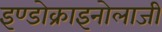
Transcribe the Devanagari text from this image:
इण्डोक्राइनोलाजी